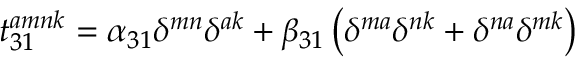
t _ { 3 1 } ^ { a m n k } = \alpha _ { 3 1 } \delta ^ { m n } \delta ^ { a k } + \beta _ { 3 1 } \left( \delta ^ { m a } \delta ^ { n k } + \delta ^ { n a } \delta ^ { m k } \right)